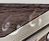
تكون